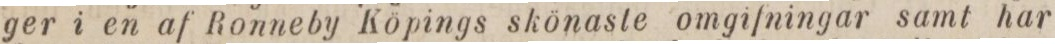
ger i en af Ronneby Köpings skönaste omgifningar samt har